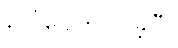
ပေါ်ပေါက်လာခဲ့ပြီ။